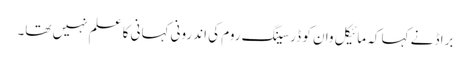
براڈ نے کہا کہ مائیکل وان کو ڈرسینگ روم کی اندرونی کہانی کا علم نہیں تھا۔